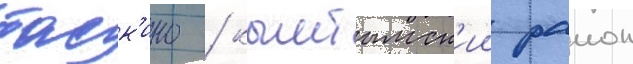
таск'ино / кыштымск'ии раион